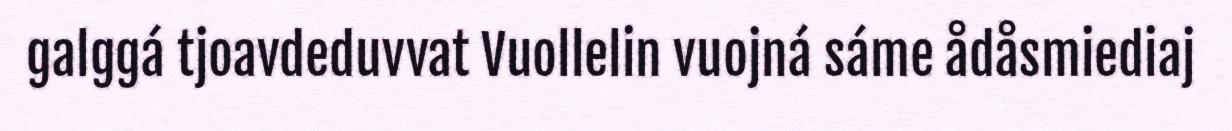
galggá tjoavdeduvvat Vuollelin vuojná sáme ådåsmiediaj